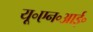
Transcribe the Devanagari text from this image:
यू॰एन॰आई॰